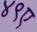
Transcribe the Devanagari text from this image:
४९ए